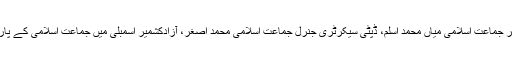
امیر جماعت اسلامی آزادکشمیر ڈاکٹر خالد محمود، نائب امیر جماعت اسلامی میاں محمد اسلم، ڈپٹی سیکرٹری جنرل جماعت اسلامی محمد اصغر، آزادکشمیر اسمبلی میں جماعت اسلامی کے پارلیمانی رہنما عبدالرشید ترابی بھی اس موقع پر موجود تھے۔